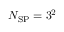
N _ { \mathrm { S P } } = 3 ^ { 2 }